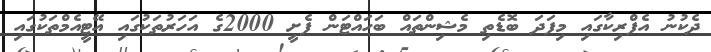
ދެކުނު އެފްރިކާގައި މިފަދަ ބޮޑެތި މެޝިންތައް ބަހައްޓަން ފެށީ 2000ގެ އަހަރުތަކުގައި އޭޓީއެމްތަކުގައި